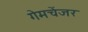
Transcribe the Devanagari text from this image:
गेमचेंजर